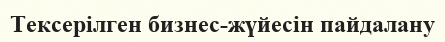
Тексерілген бизнес-жүйесін пайдалану